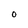
Character: 0